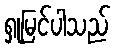
ရှုမြင်ပါသည်